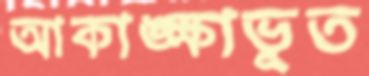
আকাঙ্ক্ষাভূত